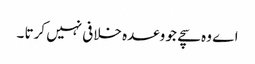
اے وہ سچے جو وعدہ خلافی نہیں کرتا ۔